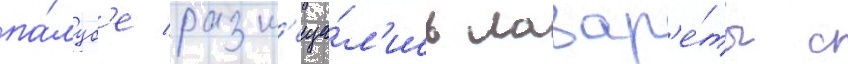
па́луб'е разм'еща́л'ись лазар'е́ты с